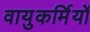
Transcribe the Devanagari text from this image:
वायुकर्मियों